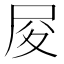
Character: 𡰿